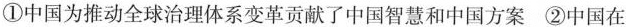
①中国为推动全球治理体系变革贡献了中国智慧和中国方案 ②中国在